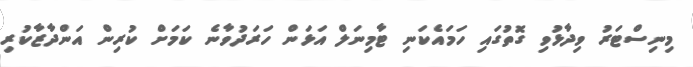
މިނިސްޓަރު ވިދާޅުވި ގޮތުގައި ހަމައެކަނި ޓާމިނަލް އަޅަން ހަރަދުވާނެ ކަމަށް ކުރިން އަންދާޒާކުރި